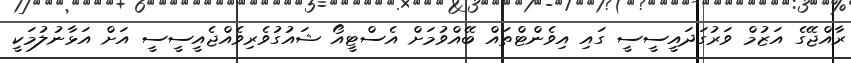
ރާއްޖޭގެ އަޒުމް ވަރުގަދައީސީސީ ގައި އިވެންޓްތައް ބޭއްވުމަށް އެސްޓީއޯ ޝައުގުވެރިވެއްޖެއީސީސީ އަށް އަޅާނުލުމަކީ